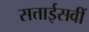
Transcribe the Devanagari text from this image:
सत्ताईसवीं